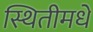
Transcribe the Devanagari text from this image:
स्थितीमधे